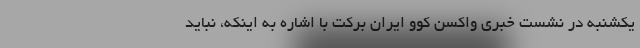
یکشنبه در نشست خبری واکسن کوو ایران برکت با اشاره به اینکه، نباید